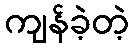
ကျန်ခဲ့တဲ့